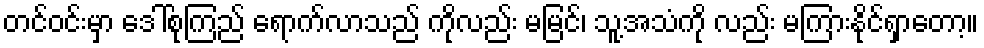
တင်ဝင်းမှာ ဒေါ်စုကြည် ရောက်လာသည် ကိုလည်း မမြင်၊ သူ့အသံကို လည်း မကြားနိုင်ရှာတော့။